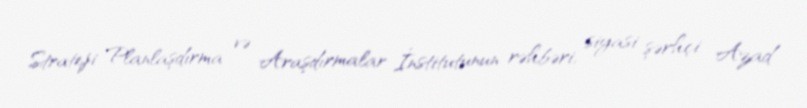
Strateji Planlaşdırma və Araşdırmalar İnstitutunun rəhbəri, siyasi şərhçi Azad